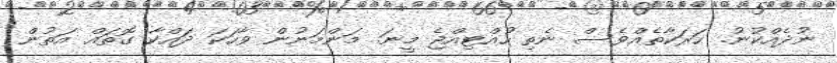
ނުދެއްކުނު. ހަރަކާތެއްވެސް ނެތި ހުއްޓިއްޖެ މީނަ. މަންމަނުން ވާހަކަ ދައްކާ ގޮތައް އަތުން